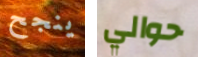
ينجح حوالي